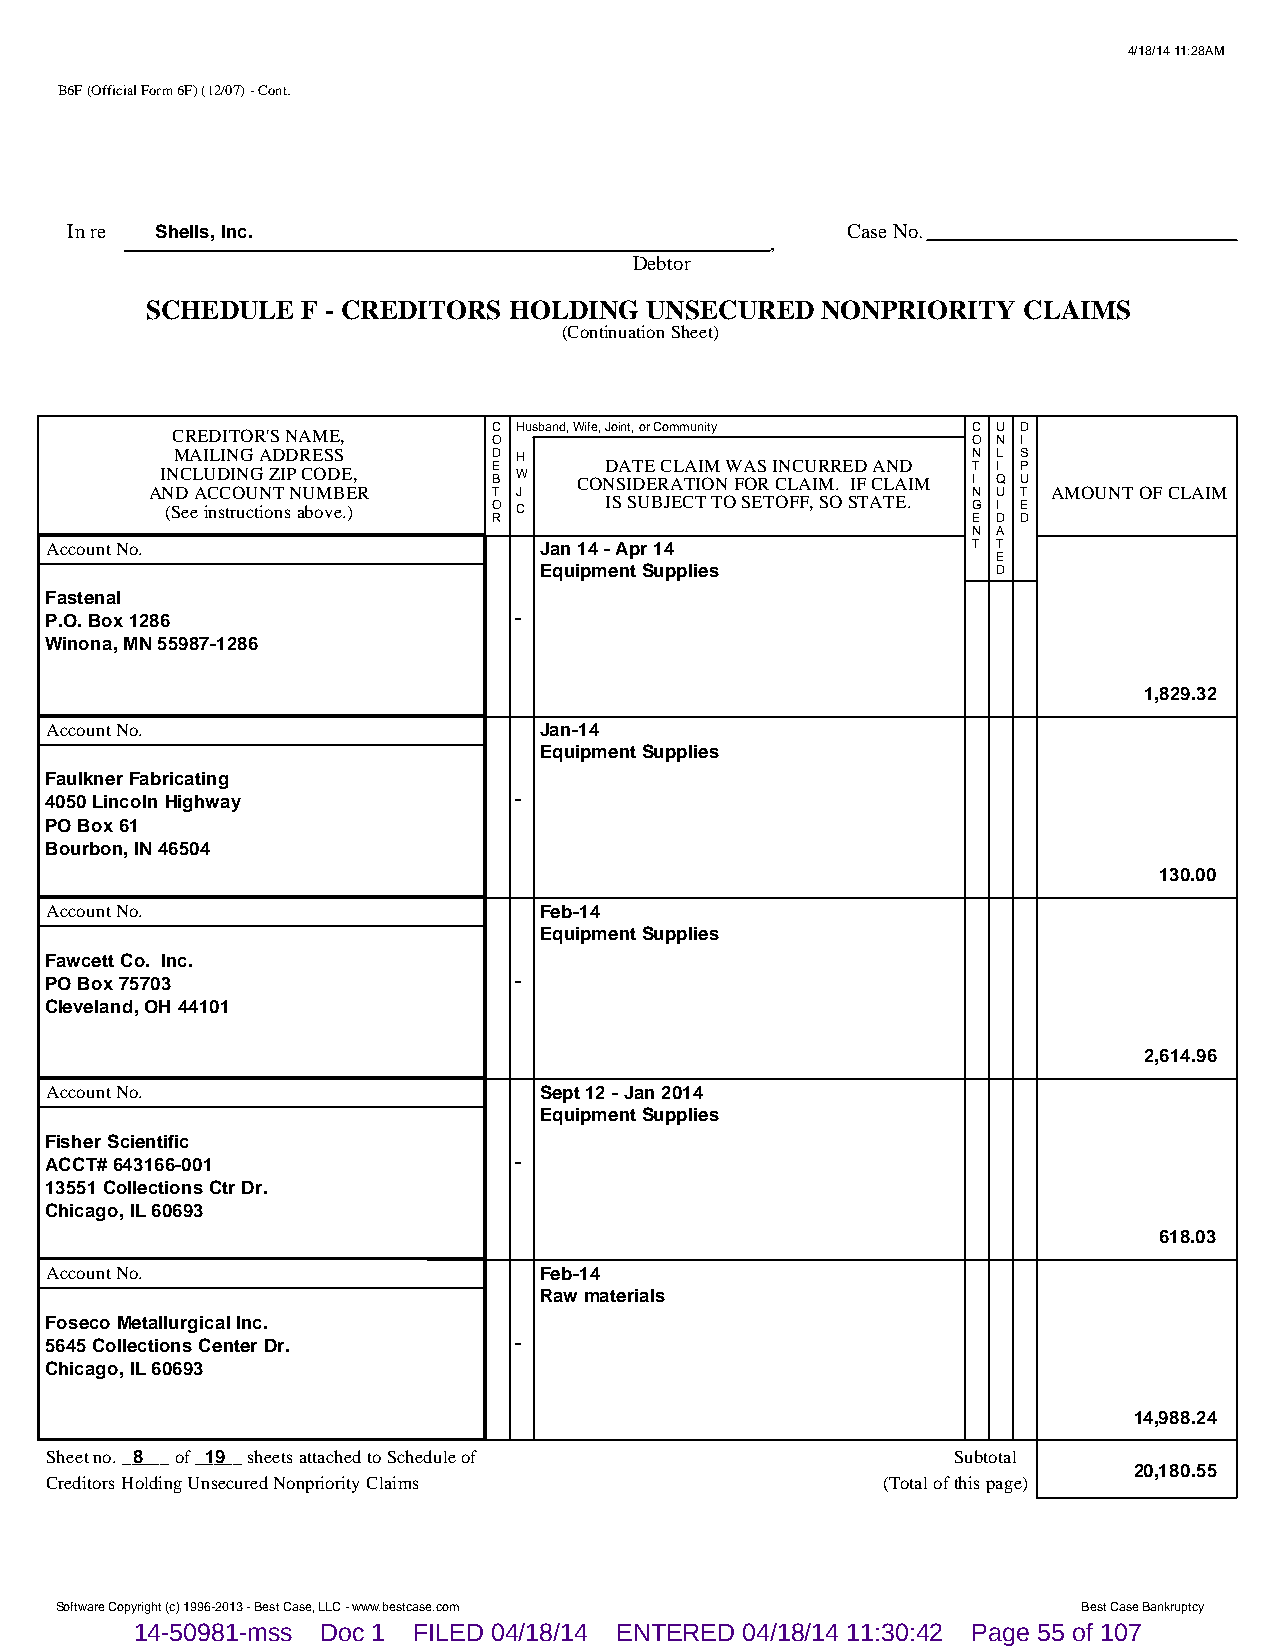
4/18/14 11:28AM
 B6F (Official Form 6F) (12/07) - Cont.
 In re Shells, Inc.                                  Case No.
 ,
 Debtor
 SCHEDULE  F - CREDITORS HOLDING  UNSECURED  NONPRIORITY   CLAIMS
 (Continuation Sheet)
 CREDITOR'S NAME,      C Husband, Wife, Joint, or Community C U D
 O                              O N I
 MAILING ADDRESS       D H                            N L S
 INCLUDING ZIP CODE,   E B W COND SA IT DE E RC AL TA II OM N W FA OS R I CN LC AU IR MR . E ID F CA LN AD IM T I I Q P U
 AND ACCOUNT NUMBER     T J                            N U T AMOUNT OF CLAIM
 (See instructions above.) O C IS SUBJECT TO SETOFF, SO STATE. G I E
 R                              E D D
 N A
 Account No.                      Jan 14 - Apr 14             T T
 E
 Equipment Supplies            D
 Fastenal
 P.O. Box 1286                  -
 Winona, MN 55987-1286
 1,829.32
 Account No.                      Jan-14
 Equipment Supplies
 Faulkner Fabricating
 4050 Lincoln Highway           -
 PO Box 61
 Bourbon, IN 46504
 130.00
 Account No.                      Feb-14
 Equipment Supplies
 Fawcett Co. Inc.
 PO Box 75703                   -
 Cleveland, OH 44101
 2,614.96
 Account No.                      Sept 12 - Jan 2014
 Equipment Supplies
 Fisher Scientific
 ACCT# 643166-001               -
 13551 Collections Ctr Dr.
 Chicago, IL 60693
 618.03
 Account No.                      Feb-14
 Raw materials
 Foseco Metallurgical Inc.
 5645 Collections Center Dr.    -
 Chicago, IL 60693
 14,988.24
 Sheet no. __8___ of __1_9__ sheets attached to Schedule of  Subtotal
 20,180.55
 Creditors Holding Unsecured Nonpriority Claims         (Total of this page)
 Software Copyright (c) 1996-2013 - Best Case, LLC - www.bestcase.com Best Case Bankruptcy
 14-50981-mss Doc 1 FILED 04/18/14 ENTERED 04/18/14 11:30:42 Page 55 of 107